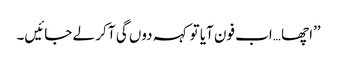
’’اچھا …اب فون آیا تو کہہ دوں گی آ کر لے جائیں۔